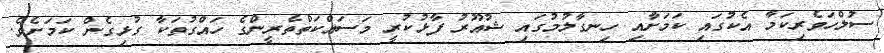
ސުލްހަވެރިކަމާ އެކުގައި ކަމަށާއި ހިނގާލުމުގައި ޝުއޫރު ފާޅުކުރީ މަސައްކަތްތެރީންގެ ހައްގުތަކާ ގުޅިގެން ކަމަށެވެ.